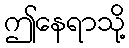
ဤနေရာသို့